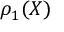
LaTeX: \rho _ { 1 } ( X )